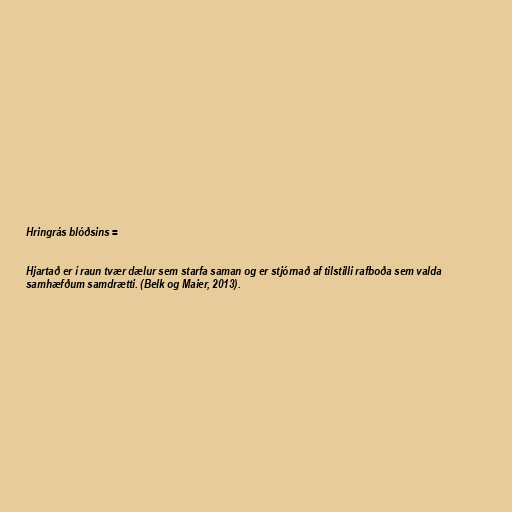
Hringrás blóðsins =

Hjartað er í raun tvær dælur sem starfa saman og er stjórnað af tilstilli rafboða sem valda
samhæfðum samdrætti. (Belk og Maier, 2013).